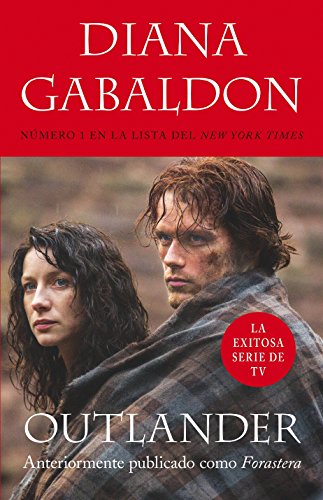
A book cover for Outlander (Spanish Edition); Diana Gabaldon; Romance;